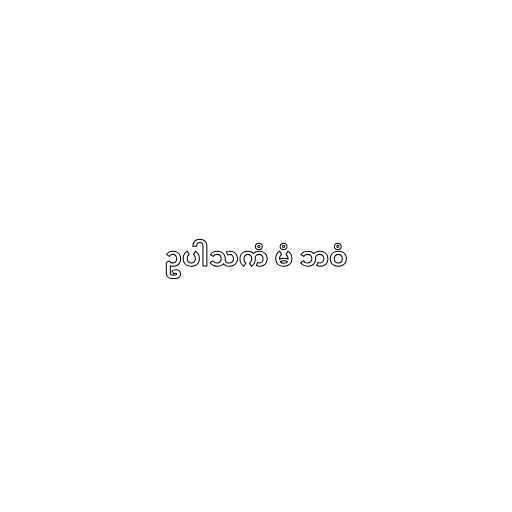
ဥပါသကံ မံ ဘဝံ